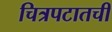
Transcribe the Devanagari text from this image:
चित्रपटातची